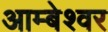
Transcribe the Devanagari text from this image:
आम्बेश्वर